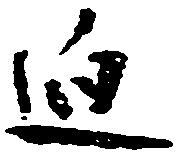
迫